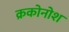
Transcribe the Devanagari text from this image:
क्रकोनोश